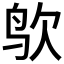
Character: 𪉁